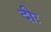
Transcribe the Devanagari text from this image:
दीः